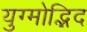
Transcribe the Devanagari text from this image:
युग्मोद्भिद